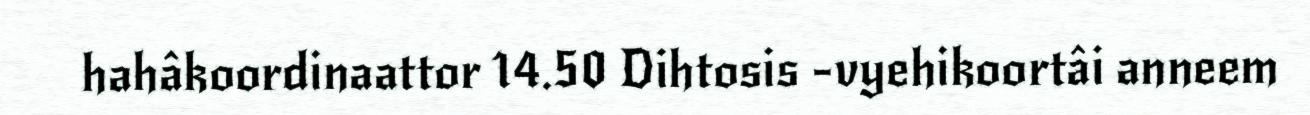
hahâkoordinaattor 14.50 Dihtosis -vyehikoortâi anneem